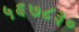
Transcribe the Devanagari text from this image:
५६७८३०